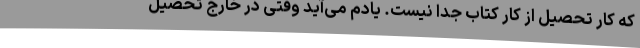
که کار تحصیل از کار کتاب جدا نیست. یادم می‌آید وقتی در خارج تحصیل